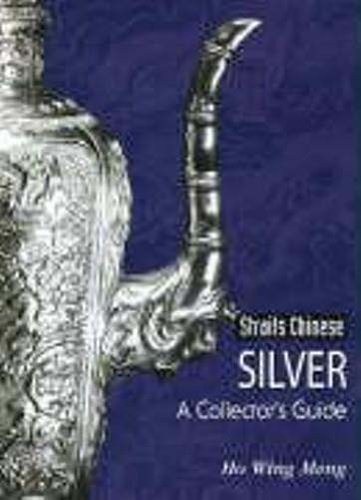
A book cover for Straits Chinese Silver: A Collector's Guide; Ho Wing Meng; Crafts, Hobbies & Home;